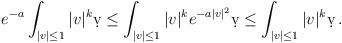
LaTeX: \begin{align*}\begin{aligned}e^{-a} \int_{|v| \leq 1} |v|^k \d v \leq \int_{|v| \leq 1} |v|^k e^{- a |v|^2} \d v \leq \int_{|v| \leq 1} |v|^k \d v \,.\end{aligned}\end{align*}